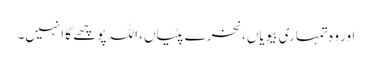
اور وہ تمہاری بیویاں، نخرے پٹیاں، اللہ پوچھے گا انہیں۔